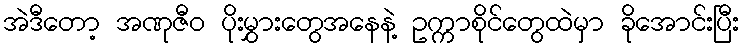
အဲဒီတော့ အဏုဇီဝ ပိုးမွှားတွေအနေနဲ့ ဥက္ကာစိုင်တွေထဲမှာ ခိုအောင်းပြီး